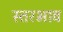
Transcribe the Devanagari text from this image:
स्तरभाव